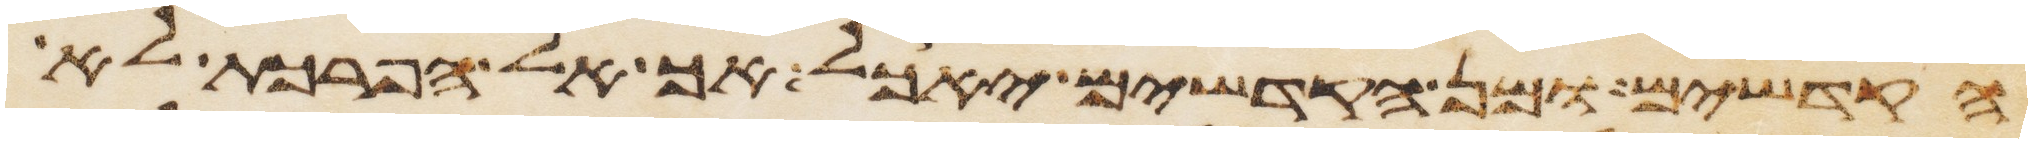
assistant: הקדשים ומן הקדשים יאכל אך אל הפרכת לא